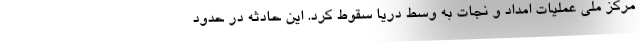
مرکز ملی عملیات امداد و نجات به وسط دریا سقوط کرد. این حادثه در حدود